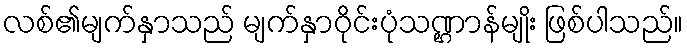
လစ်၏မျက်နှာသည် မျက်နှာဝိုင်းပုံသဏ္ဌာန်မျိုး ဖြစ်ပါသည်။